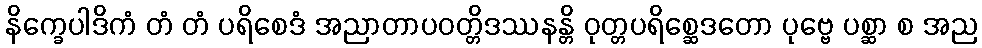
နိက္ခေပါဒိကံ တံ တံ ပရိစေဒံ အညာတာပဝတ္တိဒဿနန္တိ ဝုတ္တပရိစ္ဆေဒတော ပုဗ္ဗေ ပစ္ဆာ စ အည